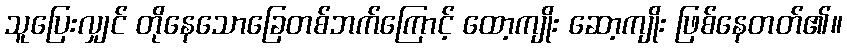
သူပြေးလျှင် တိုနေသောခြေတစ်ဘက်ကြောင့် ထော့ကျိုး ဆော့ကျိုး ဖြစ်နေတတ်၏။